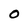
Character: 0